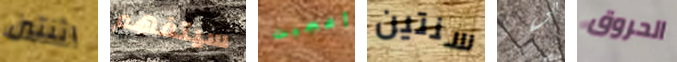
اثنتين سيتفهم أعجبت سنتين الى الحروق